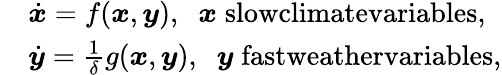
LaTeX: \begin{array}{rl}&{\dot{\boldsymbol{x}}=f(\boldsymbol{x},\boldsymbol{y}),\; \; \boldsymbol{x}\; \textrm{slowclimatevariables},}\\ &{\dot{\boldsymbol{y}}=\frac{1}{\delta}g(\boldsymbol{x},\boldsymbol{y}),\; \; \boldsymbol{y}\; \textrm{fastweathervariables},}\end{array}